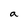
Character: a